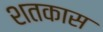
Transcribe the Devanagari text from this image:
शतकास